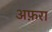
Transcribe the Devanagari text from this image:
अफ़रा